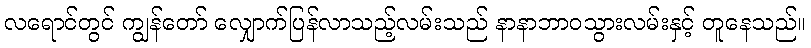
လရောင်တွင် ကျွန်တော် လျှောက်ပြန်လာသည့်လမ်းသည် နာနာဘာဝသွားလမ်းနှင့် တူနေသည်။